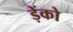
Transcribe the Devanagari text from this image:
ड़ेंको